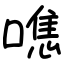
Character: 㗹